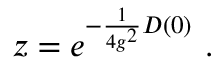
z = e ^ { - \frac 1 { 4 g ^ { 2 } } D ( 0 ) } \ .